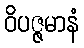
ဝိပဇ္ဇမာနံ